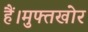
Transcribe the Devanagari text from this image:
हैं।मुफ्तखोर